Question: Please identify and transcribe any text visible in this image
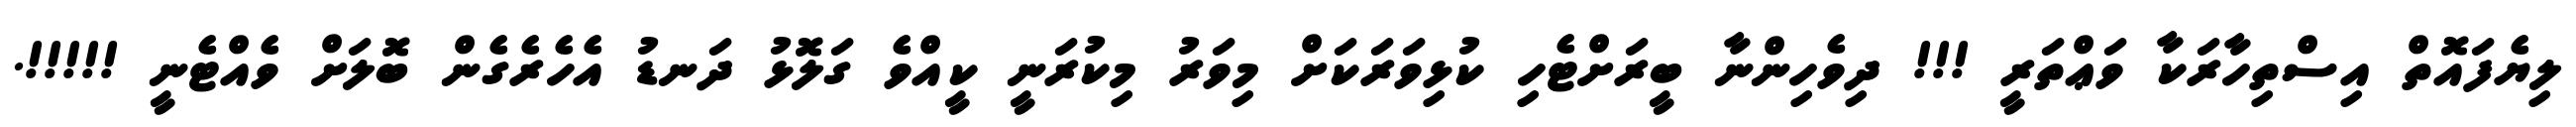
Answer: ލިޔެފައޮތް އިސްތިހާރަކާ ވަޢްތަރީ !!! ދިވެހިންނާ ބީރަށްޓެހި ކުޅިވަރަކަށް މިވަރު މިކުރަނީ ކީއްވެ ގަލޮޅު ދަނޑު އެހެރެގެން ބޮލަށް ވެއްޓެނީ !!!!!.